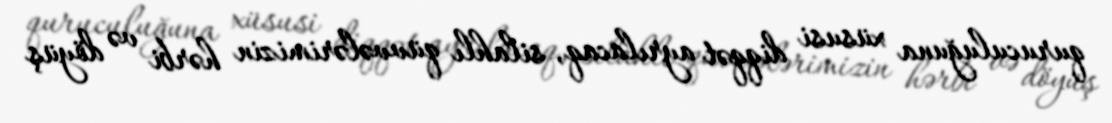
quruculuğuna xüsusi diqqət ayrılacaq, silahlı qüvvələrimizin hərbi və döyüş